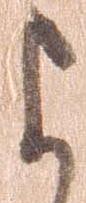
よ